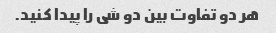
هر دو تفاوت بین دو شی را پیدا کنید.